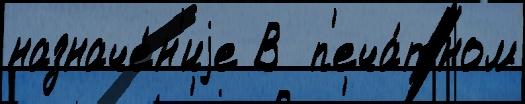
назначе́н'иjе В  п'еча́тном